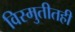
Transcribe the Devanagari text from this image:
विस्मुतीतही